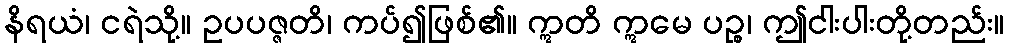
နိရယံ၊ ငရဲသို့။ ဥပပဇ္ဇတိ၊ ကပ်၍ဖြစ်၏။ ဣတိ ဣမေ ပဉ္စ၊ ဤငါးပါးတို့တည်း။